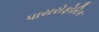
પાયરોફોરિક